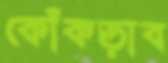
কোঁকড়াব